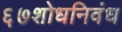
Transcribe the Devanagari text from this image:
६७शोधनिवंध